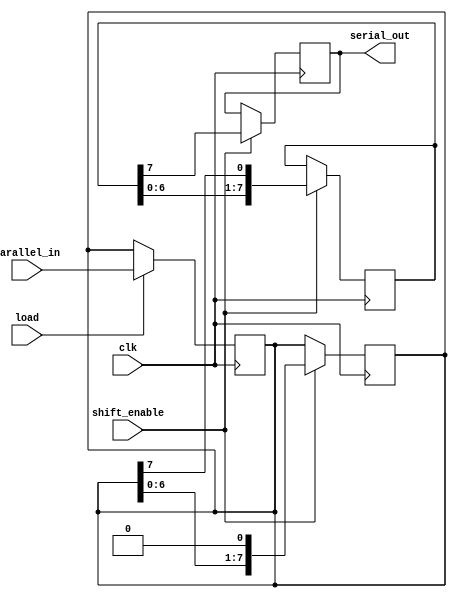
module TwoStagePISO #(parameter WIDTH = 8) (
    input wire clk,                 // Clock signal
    input wire load,                // Load signal
    input wire shift_enable,        // Shift enable signal
    input wire [WIDTH-1:0] parallel_in, // Parallel input data
    output reg serial_out           // Serial output
);

// Internal signals for the two stages
reg [WIDTH-1:0] parallel_reg;     // Parallel input stage register
reg [WIDTH-1:0] shift_reg;        // Shift register stage

// Load data into the parallel register on load signal
always @(posedge clk) begin
    if (load) begin
        parallel_reg <= parallel_in;
    end
end

// Shift data out serially on shift enable signal
always @(posedge clk) begin
    if (shift_enable) begin
        shift_reg <= {shift_reg[WIDTH-2:0], parallel_reg[WIDTH-1]}; // Shift data
        // Update parallel_reg to remove the MSB after shifting
        parallel_reg <= {parallel_reg[WIDTH-2:0], 1'b0};
    end
end

// Assign the serial output from the last flip-flop in the shift register
always @(posedge clk) begin
    if (shift_enable) begin
        serial_out <= shift_reg[WIDTH-1]; // Output the MSB
    end
end

endmodule